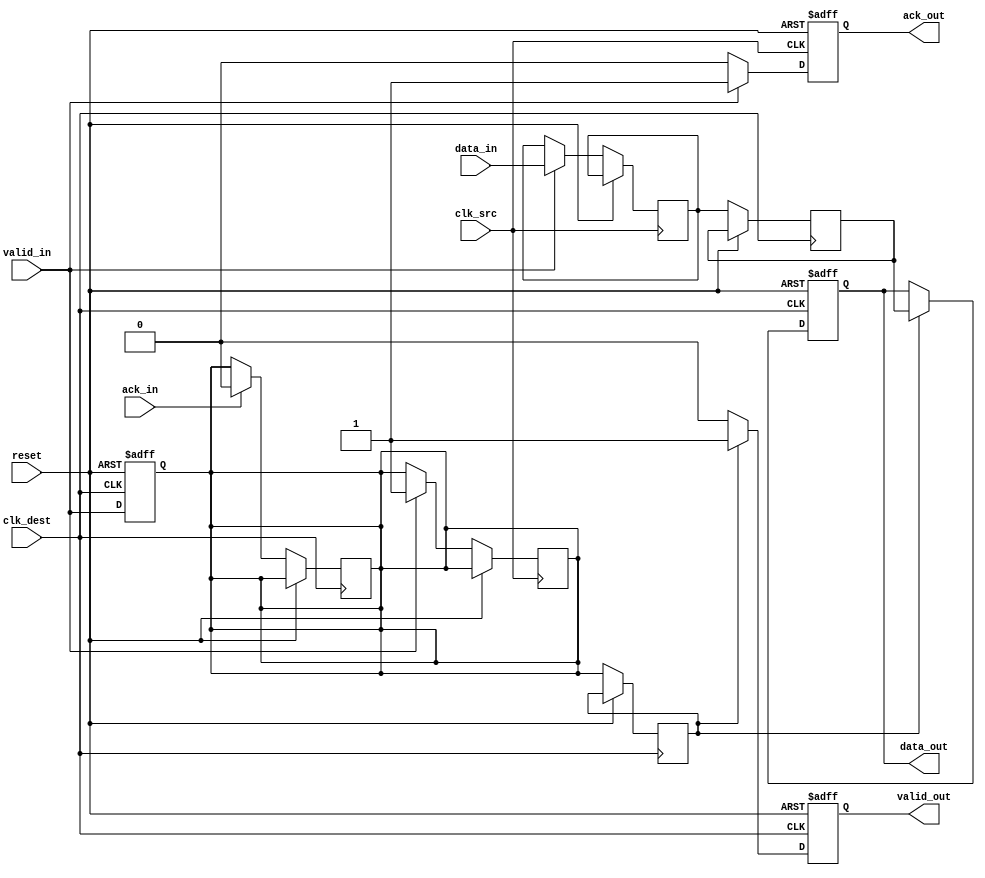
module handshake_synchronizer (
    input wire        clk_src,      // Clock for source domain
    input wire        clk_dest,     // Clock for destination domain
    input wire        reset,        // Asynchronous reset
    input wire [7:0] data_in,      // Data input from source domain
    input wire        valid_in,     // Valid signal for data input
    output reg [7:0] data_out,      // Synchronized data output for destination domain
    output reg        valid_out,     // Valid signal for data output
    input wire        ack_in,       // Acknowledgment from destination domain
    output reg        ack_out        // Acknowledgment from source domain
);

    // Internal signals for synchronization
    reg [7:0] data_sync_1, data_sync_2;
    reg valid_sync_1, valid_sync_2;

    // Source domain logic
    always @(posedge clk_src or posedge reset) begin
        if (reset) begin
            ack_out <= 0;
        end else begin
            if (valid_in) begin
                // Capture data and assert ack_out
                data_sync_1 <= data_in;
                valid_sync_1 <= 1;
                ack_out <= 1; // Indicate data is sent
            end else begin
                ack_out <= 0; // Clear ack_out if no valid data
            end
        end
    end

    // Destination domain logic
    always @(posedge clk_dest or posedge reset) begin
        if (reset) begin
            data_out <= 0;
            valid_out <= 0;
        end else begin
            // Synchronize data and valid signals
            data_sync_2 <= data_sync_1;
            valid_sync_2 <= valid_sync_1;

            // Check if valid data is received
            if (valid_sync_2) begin
                data_out <= data_sync_2;
                valid_out <= 1; // Assert valid_out
            end else begin
                valid_out <= 0; // Clear valid_out if no valid data
            end

            // Acknowledge receipt of data
            if (ack_in) begin
                // Clear the acknowledgment signal
                valid_sync_1 <= 0; // Clear valid_sync_1 after acknowledgment
            end
        end
    end

    // Handshake logic for valid signal
    always @(posedge clk_dest or posedge reset) begin
        if (reset) begin
            valid_sync_1 <= 0;
        end else begin
            valid_sync_1 <= valid_in; // Synchronize valid signal
        end
    end

endmodule